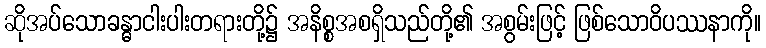
ဆိုအပ်သောခန္ဓာငါးပါးတရားတို့၌ အနိစ္စအစရှိသည်တို့၏ အစွမ်းဖြင့် ဖြစ်သောဝိပဿနာကို။